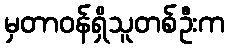
မှတာဝန်ရှိသူတစ်ဦးက